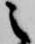
之